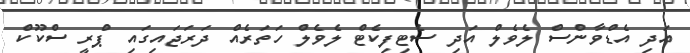
އަދި އެޑްވާންސް ލެވެލް އަދި ސެޓިފިކެޓް ލެވެލް ހަތަރެއް ދަރަޖައިގައި ޕްރީ ސްކޫކް